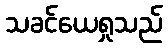
သခင်ယေရှုသည်